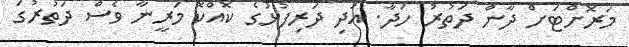
މަރޮށްޓަށް ދާން ދަތުރު ހަދާ. އަދި ދަރިފުޅުގެ ކޮއްކޮ މަރީނާ ވެސް ދަތުރުގަ